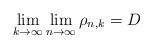
LaTeX: \begin{align*} \displaystyle \lim_{k \to \infty} \lim_{n \to \infty} \rho_{n,k} = D \end{align*}